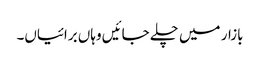
بازار میں چلے جائیں وہاں برائیاں۔